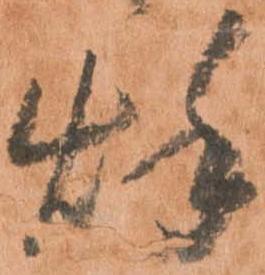
秋